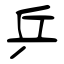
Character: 乒